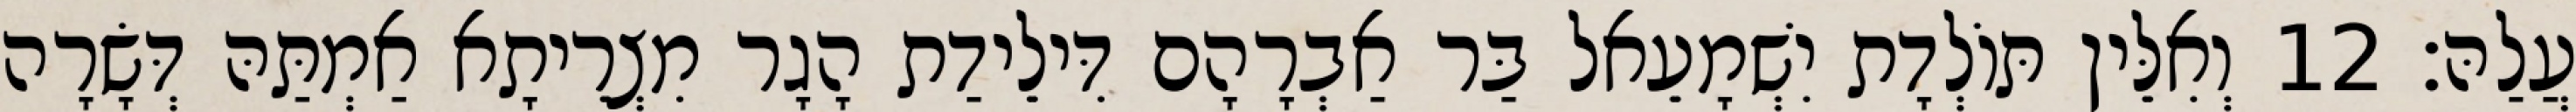
עֲלַהּ׃ 12 וְאִלֵּין תּוֹלְדָת יִשְׁמָעֵאל בַּר אַבְרָהָם דִּילֵידַת הָגָר מִצְרֵיתָא אַמְתַּהּ דְּשָׂרָה